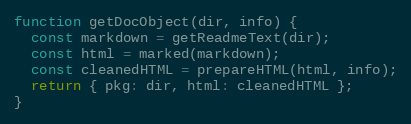
Language: JavaScript
function getDocObject(dir, info) {
  const markdown = getReadmeText(dir);
  const html = marked(markdown);
  const cleanedHTML = prepareHTML(html, info);
  return { pkg: dir, html: cleanedHTML };
}